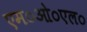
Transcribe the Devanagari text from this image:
एम०ओ०एल०